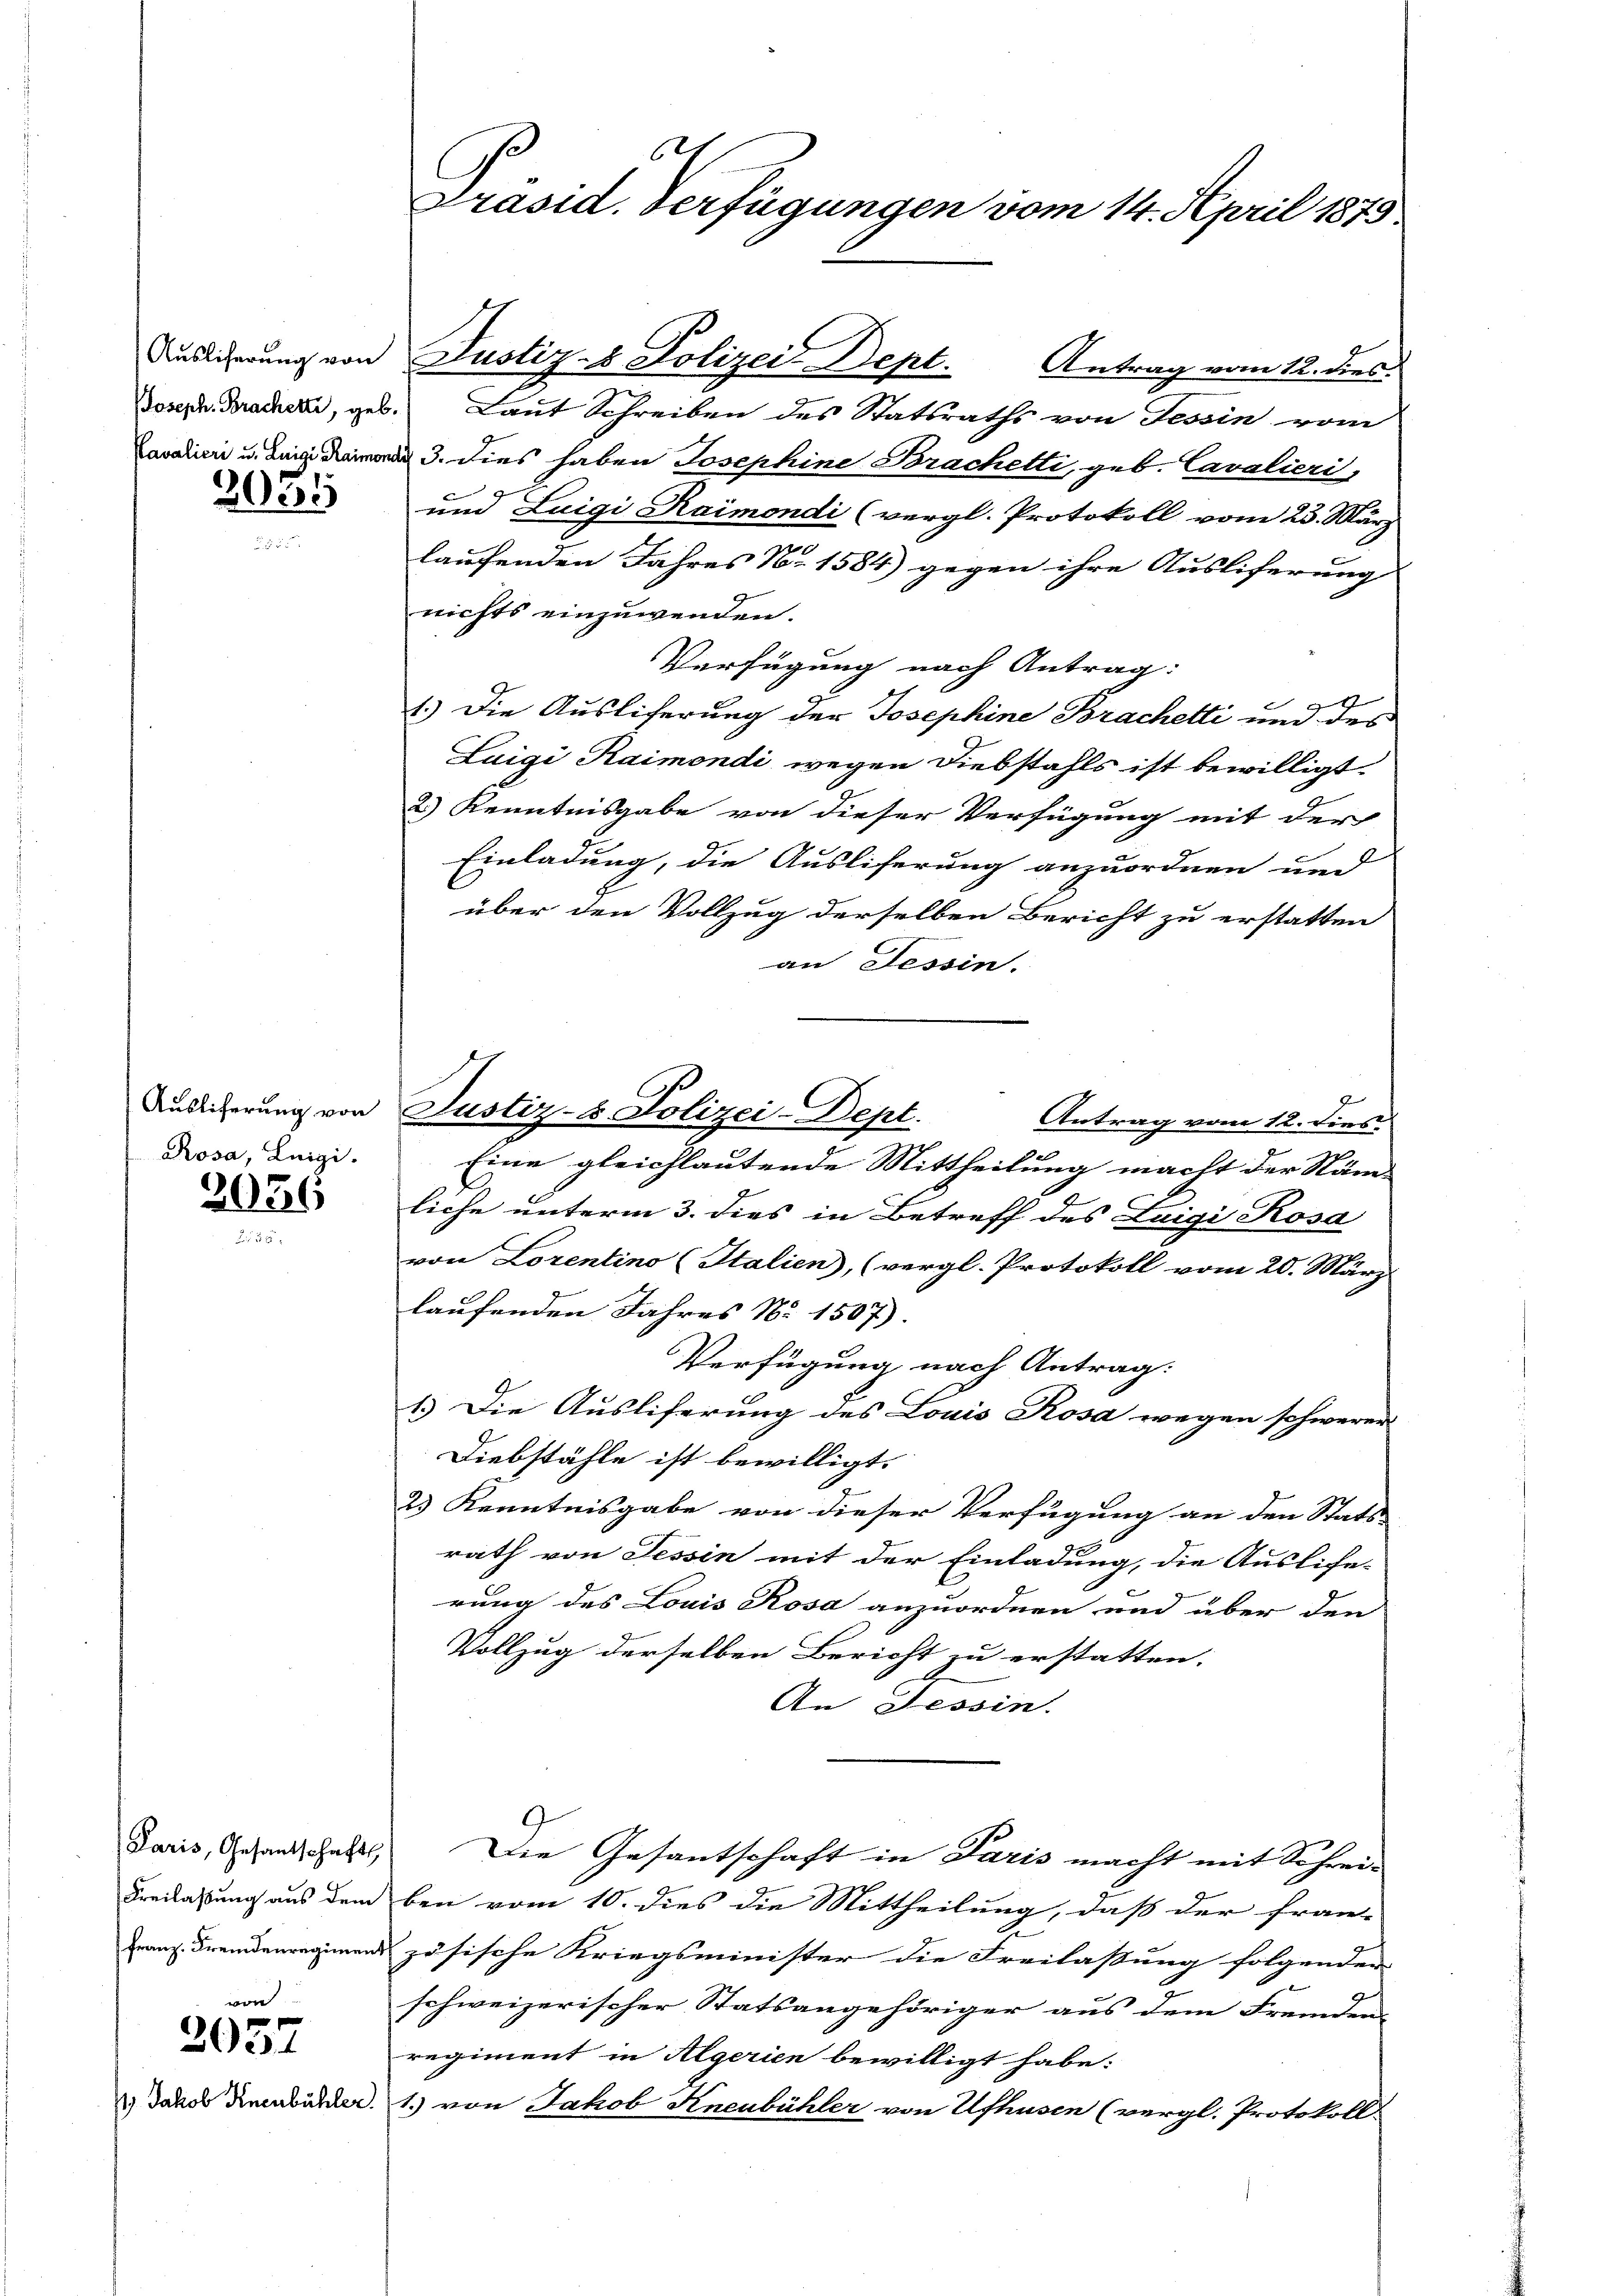
Auslicherung von

3031

Ausliferung von
Rosa, Luigi.

2036

Paris, Gesantschafts
Kreilassung aus dem
Franz. Fremdenregiment

von
2057
1) Jakob Knenbühler

6
Präsid. Verfügungen vom 14. April 1879.

Justiz- & Polizei Dept.
Antrag vom 12. dies
Joseph. Bracher, geb. Laut Schreiben des Statsraths von Tessin vom
avalien u. 3. Dies haben Josephine Brachetti, geb. Cavalieri,
und Luigi Kaimondi (vergl. Protokoll vom 23. März
laufenden Jahres N. 1584) gegen ihre Ausliferung
nichts einzuwenden.
Verfügung nach Antrag:
g
1.) Die Ausliferung der Josephine Brachetti und des
Luigi Raimendi wegen Diebstahls ist bewilligt.
2.) Kenntnisgabe von dieser Verfügung mit der
Einladung, die Ausliferung anzuordnen und
über den Vollzug derselben Bericht zu erstatten
an Tessin.
Antrag vom 12. dies
Eine gleichlautende Mittheilung macht der Näm
liche unterm 3. dies in Betreff des Luigi Rosa
von Lorentino (Italien), (vergl. Protokoll vom 20. März
laufenden Jahres No 1507).
Verfügung nach Antrag:
1.) Die Ausliferung des Louis Rosa wegen schwerer
Diebstähle ist bewilligt.
2.) Kenntnisgabe von dieser Verfügung an den Stats-
rath von Tessin mit der Einladung, die Ausliche-
rung des Louis Rosa anzuordnen und über den
Vollzug derselben Bericht zu erstatten.
An Tessin.
Die Gesantschaft in Paris macht mit Schrei-
ben vom 10. dies die Mittheilung, daß der fran-
zösische Kriegsminister die Freilassung folgenden
schweizerischer Statsangehöriger aus dem Fremden
regiment in Algerien bewilligt habe:
1.) von Jakob Kneubühler von Ufhusen (vergl. Protokoll.

Justiz- & Polizei-Dept.